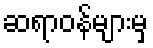
ဆရာဝန်များမှ